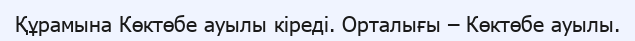
Құрамына Көктөбе ауылы кіреді. Орталығы – Көктөбе ауылы.